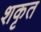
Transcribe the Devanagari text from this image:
शकृत